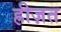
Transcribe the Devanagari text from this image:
ह्रीज़त